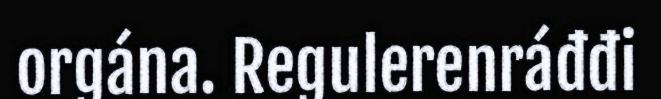
orgána. Regulerenráđđi